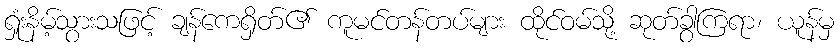
ရှုံးနိမ့်သွားသဖြင့် ချန်ကေရှိတ်၏ ကူမင်တန်တပ်များ ထိုင်ဝမ်သို့ ဆုတ်ခွာကြရာ၊ ယူန်မှ